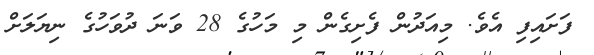
ފަށައިފި އެވެ. މިއަދުން ފެށިގެން މި މަހުގެ 28 ވަނަ ދުވަހުގެ ނިޔަލަށް